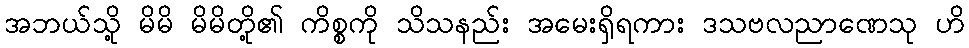
အဘယ်သို့ မိမိ မိမိတို့၏ ကိစ္စကို သိသနည်း အမေးရှိရကား ဒသဗလညာဏေသု ဟိ